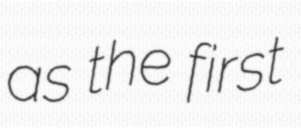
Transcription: as the first